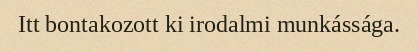
Itt bontakozott ki irodalmi munkássága.